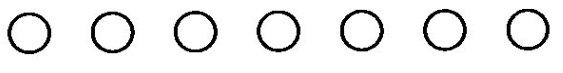
\circ \circ \circ \circ \circ \circ \circ